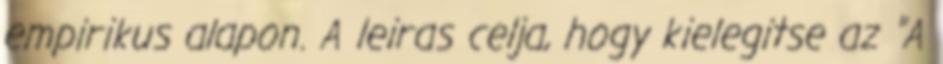
empirikus alapon. A leiras celja, hogy kielegitse az "A